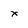
Character: x